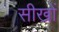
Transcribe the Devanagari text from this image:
सीखों